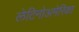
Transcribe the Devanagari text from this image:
लेटिनोअमेरिका